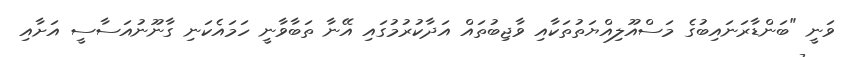
ވަނީ "ބަންޑާރަނައިބުގެ މަސްއޫލިއްޔަތުތަކާއި ވާޖިބުތައް އަދާކުރުމުގައި އޭނާ ތަބާވާނީ ހަމައެކަނި ގާނޫނުއަސާސީ އަށާއި